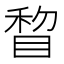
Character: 睝